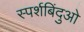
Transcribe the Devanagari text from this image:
स्पर्शबिंदुओ